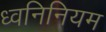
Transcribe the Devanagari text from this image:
ध्वनिनियम